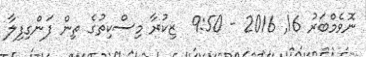
ނޮވެމްބަރު 16